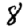
Digit: 8